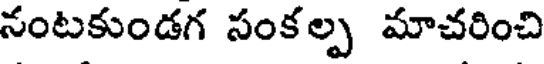
నంటకుండగ సంక ల్ప మాచరించి